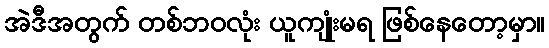
အဲဒီအတွက် တစ်ဘဝလုံး ယူကျုံးမရ ဖြစ်နေတော့မှာ။